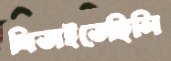
থিতাইতেছিলি